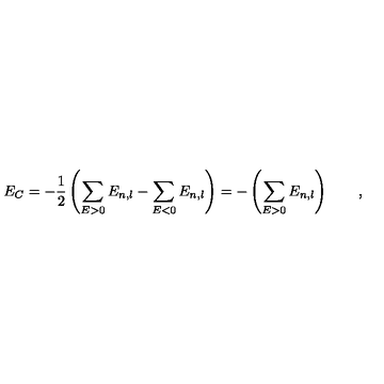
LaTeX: E _ { C } = - \frac { 1 } { 2 } \left( \sum _ { E > 0 } E _ { n , l } - \sum _ { E < 0 } E _ { n , l } \right) = - \left( \sum _ { E > 0 } E _ { n , l } \right) \qquad ,